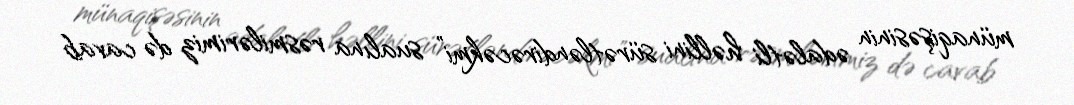
münaqişəsinin ədalətli həllini sürətləndirəcəkmi” sualına rəsmilərimiz də cavab